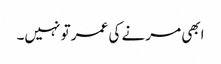
ابھی مرنے کی عمر تو نہیں۔